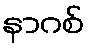
နာဂစ်